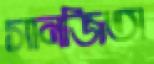
সানজিতা